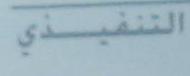
التنفيذي